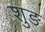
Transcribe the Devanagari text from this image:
शुङ